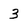
Character: 3